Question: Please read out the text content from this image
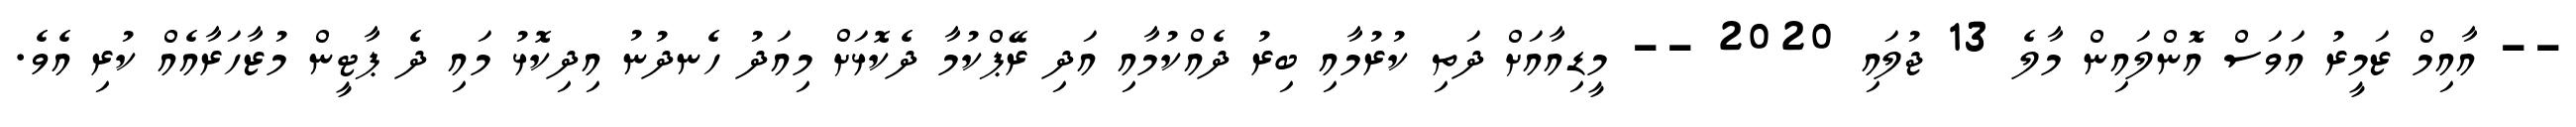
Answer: -- އާއިމް ޒަމީރު އަވަސް އޮންލައިން މާލެ 13 ޖުލައި 2020 -- މީޑިއާއަށް ދަތި ކުރުމާއި ބިރު ދެއްކުމާއި އަދި ރޭޕްކުމާ ދެކޮޅަށް މިއަދު ހެނދުނު އިދިކޮޅު މައި ދެ ޕާޓީން މުޒާހަރާއެއް ކުރި އެވެ.